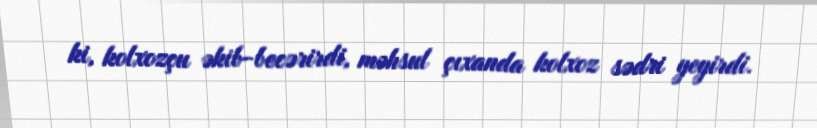
ki, kolxozçu əkib-becərirdi, məhsul çıxanda kolxoz sədri yeyirdi.